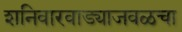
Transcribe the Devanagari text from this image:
शनिवारवाड्याजवळचा